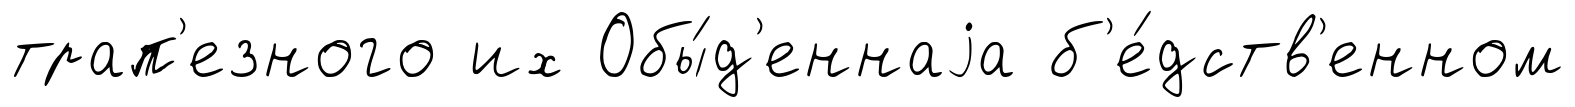
трап'езного их Обы́д'еннаjа б'е́дств'енном